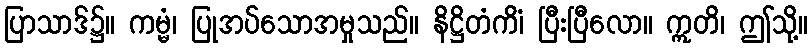
ပြာသာဒ်၌။ ကမ္မံ၊ ပြုအပ်သောအမှုသည်။ နိဋ္ဌိတံကိံ၊ ပြီးပြီလော။ ဣတိ၊ ဤသို့။